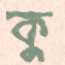
কু